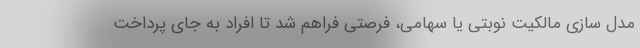
مدل سازی مالکیت نوبتی یا سهامی، فرصتی فراهم شد تا افراد به جای پرداخت